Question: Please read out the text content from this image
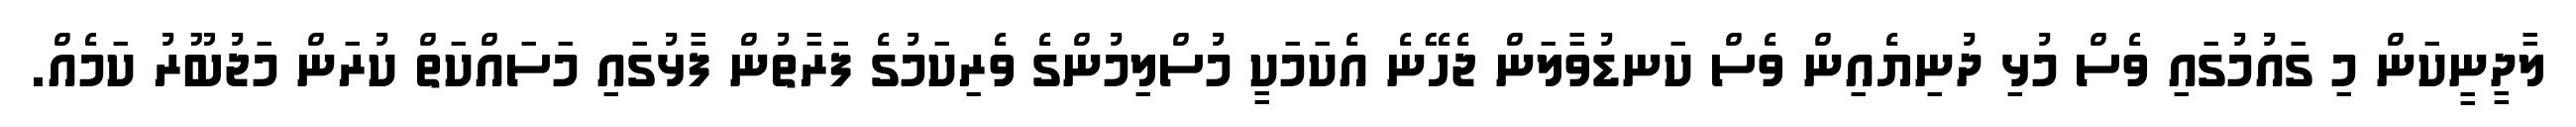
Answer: ލާދީނީކަން މި ގައުމުގައި ވެސް މުޅި ދުނިޔެއިން ވެސް ކަނޑުވާލަން ޖެހޭނެ އެކަމަކީ މުސްލިމުންގެ ވެރިކަމުގެ ފަރާތުން ފާޅުގައި މަސައްކަތް ކުރަން މަޖުބޫރު ކަމެއް.